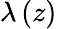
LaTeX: \lambda\left(z\right)